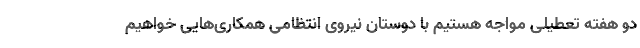
دو هفته تعطیلی مواجه هستیم با دوستان نیروی انتظامی همکاری‌هایی خواهیم